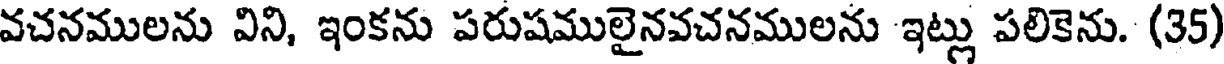
వచనములను విని, ఇంకను పరుషములైనవచనములను ఇట్లు పలికెను. (35)